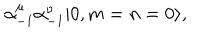
\alpha _ { - 1 } ^ { \mu } \alpha _ { - 1 } ^ { \nu } | 0 , m = n = 0 \rangle ,